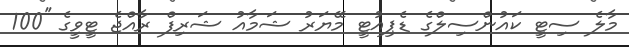
މާލެ ސިޓީ ކައުންސިލްގެ ޑެޕިއުޓީ މޭޔަރު ޝަމާއު ޝަރިފް ރާއްޖެ ޓީވީގެ ''100